Annual report on the working of the mental hospitals in the Madras Presidency - 1912-1932
Year: 1912
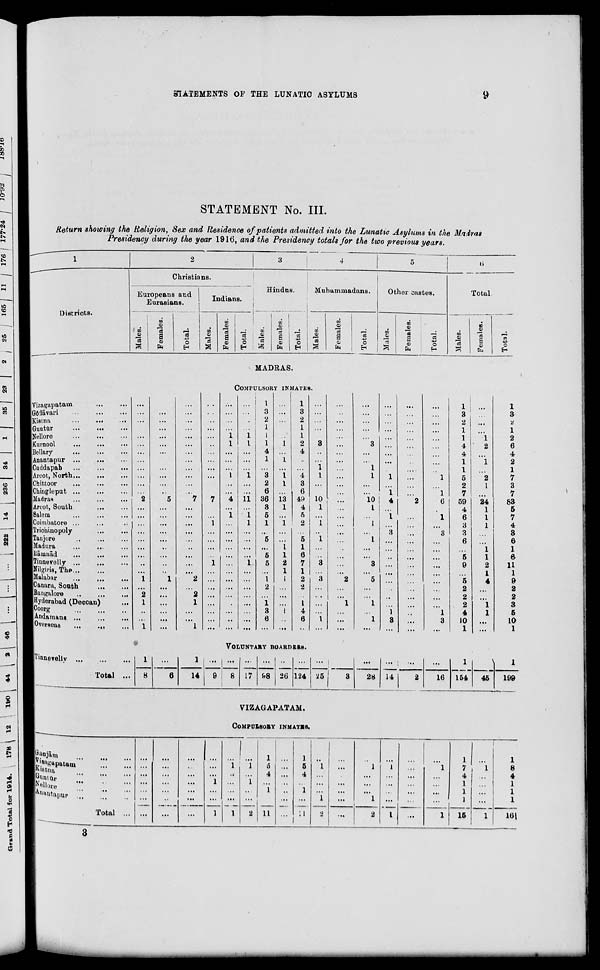
STATEMENTS OF THE LUNATIC ASYLUMS
9
STATEMENT No. III.
Return showing the Religion, Sex and Residence of patients admitted into the Lunatic Asylums in the Madras
Presidency during the year 1916, and the Presidency totals for the two previous years.
1
Districts.
2
Christians.
Europeans and
Eurasians.
Males.
Females.
Total.
Indians.
Males.
Females.
Total.
3
Hindus.
Males.
Females.
Total.
4
Muhammadans.
Males.
Females.
Total.
5
Other castes.
Males.
Females.
Total.
6
Total.
Males.
Females.
Total.
MADRAS.
COMPULSORY INMATES.
Vizagapatam ... ...
Gōdāvari
...
...
...
Kistna
...
...
...
Guntūr
...
... ...
Nellore ... ... ...
Kurnool ... ... ...
Bellary
...
...
...
Anantapur ... ... ...
Cuddapah
...
...
...
Arcot, North ... ... ...
Chittoor ... ... ...
Chingleput ... ... ...
Madras ... ... ...
Arcot, South
...
...
Salem ... ... ...
Coimbatore ... ... ...
Trichinopoly ... ...
Tanjore ... ... ...
Madura ... ... ...
Rāmnād ... ... ...
Tinnevelly
...
...
...
Nilgiris, The ... ...
Malabar
...
...
...
Canara, South
...
...
Bangalore
...
...
...
Hyderabad (Deccan) ...
Coorg ... ... ...
Andamans
...
...
...
Overseas ... ... ...
...
...
...
...
...
...
...
...
...
...
...
...
2
...
...
...
...
...
...
...
...
...
1
....
2
1
...
...
1
...
...
...
...
...
...
...
...
...
...
...
...
5
...
...
...
...
...
...
...
...
...
1
...
...
...
...
...
...
...
...
...
...
...
...
...
...
...
...
...
...
7
...
...
...
...
...
...
...
...
...
2
...
2
1
...
...
1
...
...
...
...
...
..
...
...
...
...
...
...
7
...
...
1
...
...
...
...
1
...
...
...
...
...
...
...
...
...
...
...
...
1
1
...
...
...
1
...
...
4
...
1
...
...
...
...
...
...
...
...
...
...
...
...
...
...
...
...
...
...
1
1
...
...
...
1
...
...
11
...
1
1
...
...
...
...
1
...
...
...
...
...
...
...
...
1
3
2
1
1
1
4
1
...
3
2
6
36
3
5
1
...
5
...
5
5
...
1
2
...
1
3
6
...
...
...
...
...
...
1
...
1
...
1
1
...
13
1
...
1
...
...
1
1
2
1
1
...
...
...
1
...
...
1
3
2
1
1
2
4
2
...
4
3
6
49
4
5
2
...
5
1
6
7
1
2
2
...
1
4
6
...
...
...
...
...
...
3
...
...
1
1
...
...
10
1
...
1
...
1
...
...
3
...
3
...
...
...
...
1
...
...
...
...
...
...
...
...
...
...
...
...
...
...
...
...
...
...
...
...
...
...
...
2
...
...
1
...
...
...
...
...
...
...
...
3
...
...
1
1
...
...
10
1
...
1
...
1
...
...
3
...
5
...
...
1
...
1
...
...
...
...
...
...
...
...
...
...
1
...
1
4
...
1
...
3
...
...
...
...
...
...
...
...
...
1
3
...
...
...
...
...
...
...
...
...
...
...
...
...
2
...
...
...
...
...
...
...
...
...
...
...
...
...
...
...
...
...
...
...
...
...
...
...
...
...
1
...
1
6
...
1
...
3
...
...
...
...
...
...
...
...
...
1
3
...
1
3
2
1
1
4
4
1
1
5
2
7
59
4
6
3
3
6
...
5
9
...
5 2
2
2
4
10
1
...
...
...
1
2
...
1
...
2
1
...
24
1
1
1
...
...
1
1
2
1
4
...
...
1
1
...
...
1
3
2
1
2
6
4
2
1
7
3
7
83
5
7
4
3
6
1
6
11
1
9
2
2
3
5
10
1
VOLUNTARY BOARDERS.
Tinnevelly
...
...
...
Total ...
1
8
...
6
1
14
...
9
...
8
...
17
...
98
...
26
...
124
...
25
...
3
...
28
...
14
...
2
...
16
1
154
...
45
1
199
VIZAGAPATAM.
COMPULSORY INMATES.
Ganjām
...
...
...
Vizagapatam
...
...
Kistna
...
...
...
Guntūr
...
...
...
Nellore
...
...
...
Anantapur ... ... ...
Total ...
...
...
...
...
...
...
...
...
...
...
...
...
...
...
...
...
...
...
...
...
...
...
...
...
1
...
...
1
...
1
...
...
...
...
1
...
1
...
1
...
...
2
1
5
4
...
1
...
11
...
...
...
...
...
...
...
1
5
4
...
1
...
11
...
1
...
...
...
1
2
...
...
...
...
...
...
...
...
1
...
...
...
1
2
...
1
...
...
...
...
1
...
...
...
...
...
...
...
...
1
...
...
...
...
1
1
7
4
1
1
1
15
...
1
...
...
...
...
1
1
8
4
1
1
1
16
3